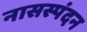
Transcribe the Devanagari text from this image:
नासस्पंदन